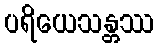
ပရိယေသန္တဿ